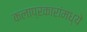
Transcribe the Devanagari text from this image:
कलाप्रकारांमध्ये